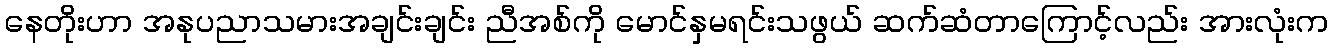
နေတိုးဟာ အနုပညာသမားအချင်းချင်း ညီအစ်ကို မောင်နှမရင်းသဖွယ် ဆက်ဆံတာကြောင့်လည်း အားလုံးက